Annual administration and progress report of the Indian Medical Department, Bombay
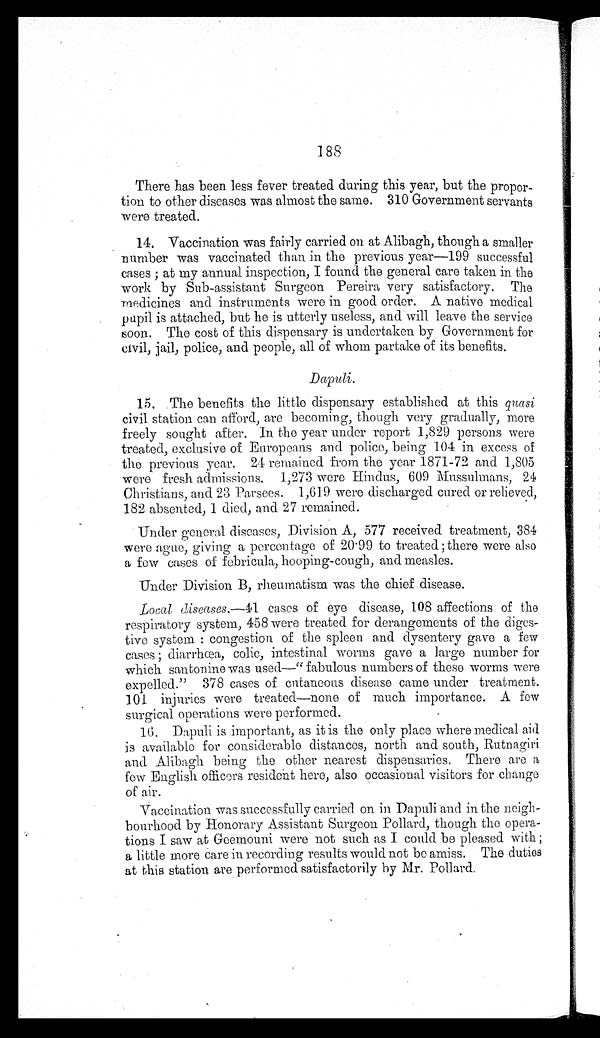
188
There has been less fever treated during this year, but the propor
-
tion to other diseases was almost the same. 310 Government servants
were treated.
14. Vaccination was fairly carried on at Alibagh, though a smaller
number was vaccinated than in the previous year—199 successful
c a s e s ; a t m y a n n u a l i n s p e c t i o n , I f o u n d t h e g e n e r a l c a r e t a k e n i n t h e
work by Sub-assistant Surgeon Pereira very satisfactory. The
medicines and instruments were in good order. A native medical
pupil is attached, but he is utterly useless, and will leave the service
soon. The cost of this dispensary is undertaken by Government for
civil, jail, police, and people, all of whom partake of its benefits.
Dapuli.
15. The benefits the little dispensary established at this quasi
civil station can afford, are becoming, though very gradually, more
freely sought after. In the year under report 1,829 persons were
treated, exclusive of Europeans and police, being 104 in excess of
the previous year. 24 remained from the year 1871-72 and 1,805
were fresh admissions. 1,273 were Hindus, 609 Mussulmans, 24
Christians, and 23 Parsees. 1,619 were discharged cured or relieved,
182 absented, 1 died, and 27 remained.
Under general diseases, Division A, 577 received treatment, 384
were ague, giving a percentage of 20.99 to treated; there were also
a few cases of febricula, hooping-cough, and measles.
Under Division B, rheumatism was the chief disease.
Local diseases .—41 cases of eye disease, 108 affections of the
respiratory system, 458 were treated for derangements of the diges
-
tive system: congestion of the spleen and dysentery gave a few
cases; diarrhœa, colic, intestinal worms gave a large number for
which santonine was used—"fabulous numbers of these worms were
expelled." 378 cases of cutaneous disease came under treatment.
101 injuries were treated—none of much importance. A few
surgical operations were performed.
16. Dapuli is important, as it is the only place where medical aid
is available for considerable distances, north and south, Rutnagiri
and Alibagh being the other nearest dispensaries. There are a
few English officers resident here, also occasional visitors for change
of air.
Vaccination was successfully carried on in Dapuli and in the neigh
-
bourhood by Honorary Assistant Surgeon Pollard, though the opera
-
tions I saw at Geemouni were not such as I could be pleased with;
a little more care in recording results would not be amiss. The duties
at this station are performed satisfactorily by Mr. Pollard.